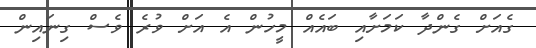
ގެއަށް ގެންދާ ކަމަށާއި ބައެއް މީހުން އެ އަށް ވުރެ ވެސް ގިނައިން